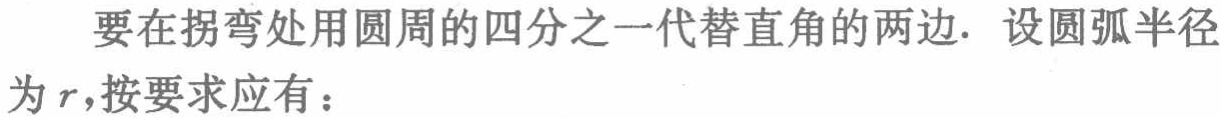
要在拐弯处用圆周的四分之一代替直角的两边. 设圆弧半径为\(r\)，按要求应有：